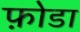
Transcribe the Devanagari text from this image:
फ़ोडा